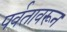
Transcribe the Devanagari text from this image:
पर्वतावरून